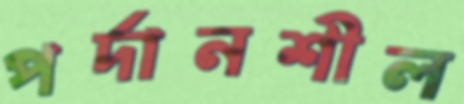
পর্দানশীল